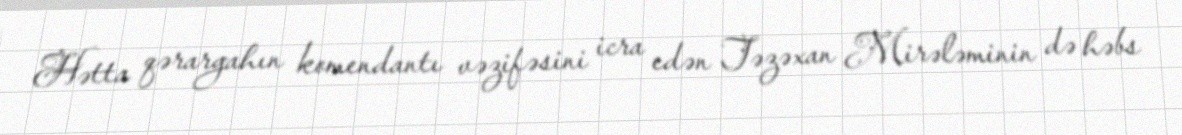
Hətta qərargahın komendantı vəzifəsini icra edən Təzəxan Mirələminin də həbs